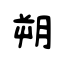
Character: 朔